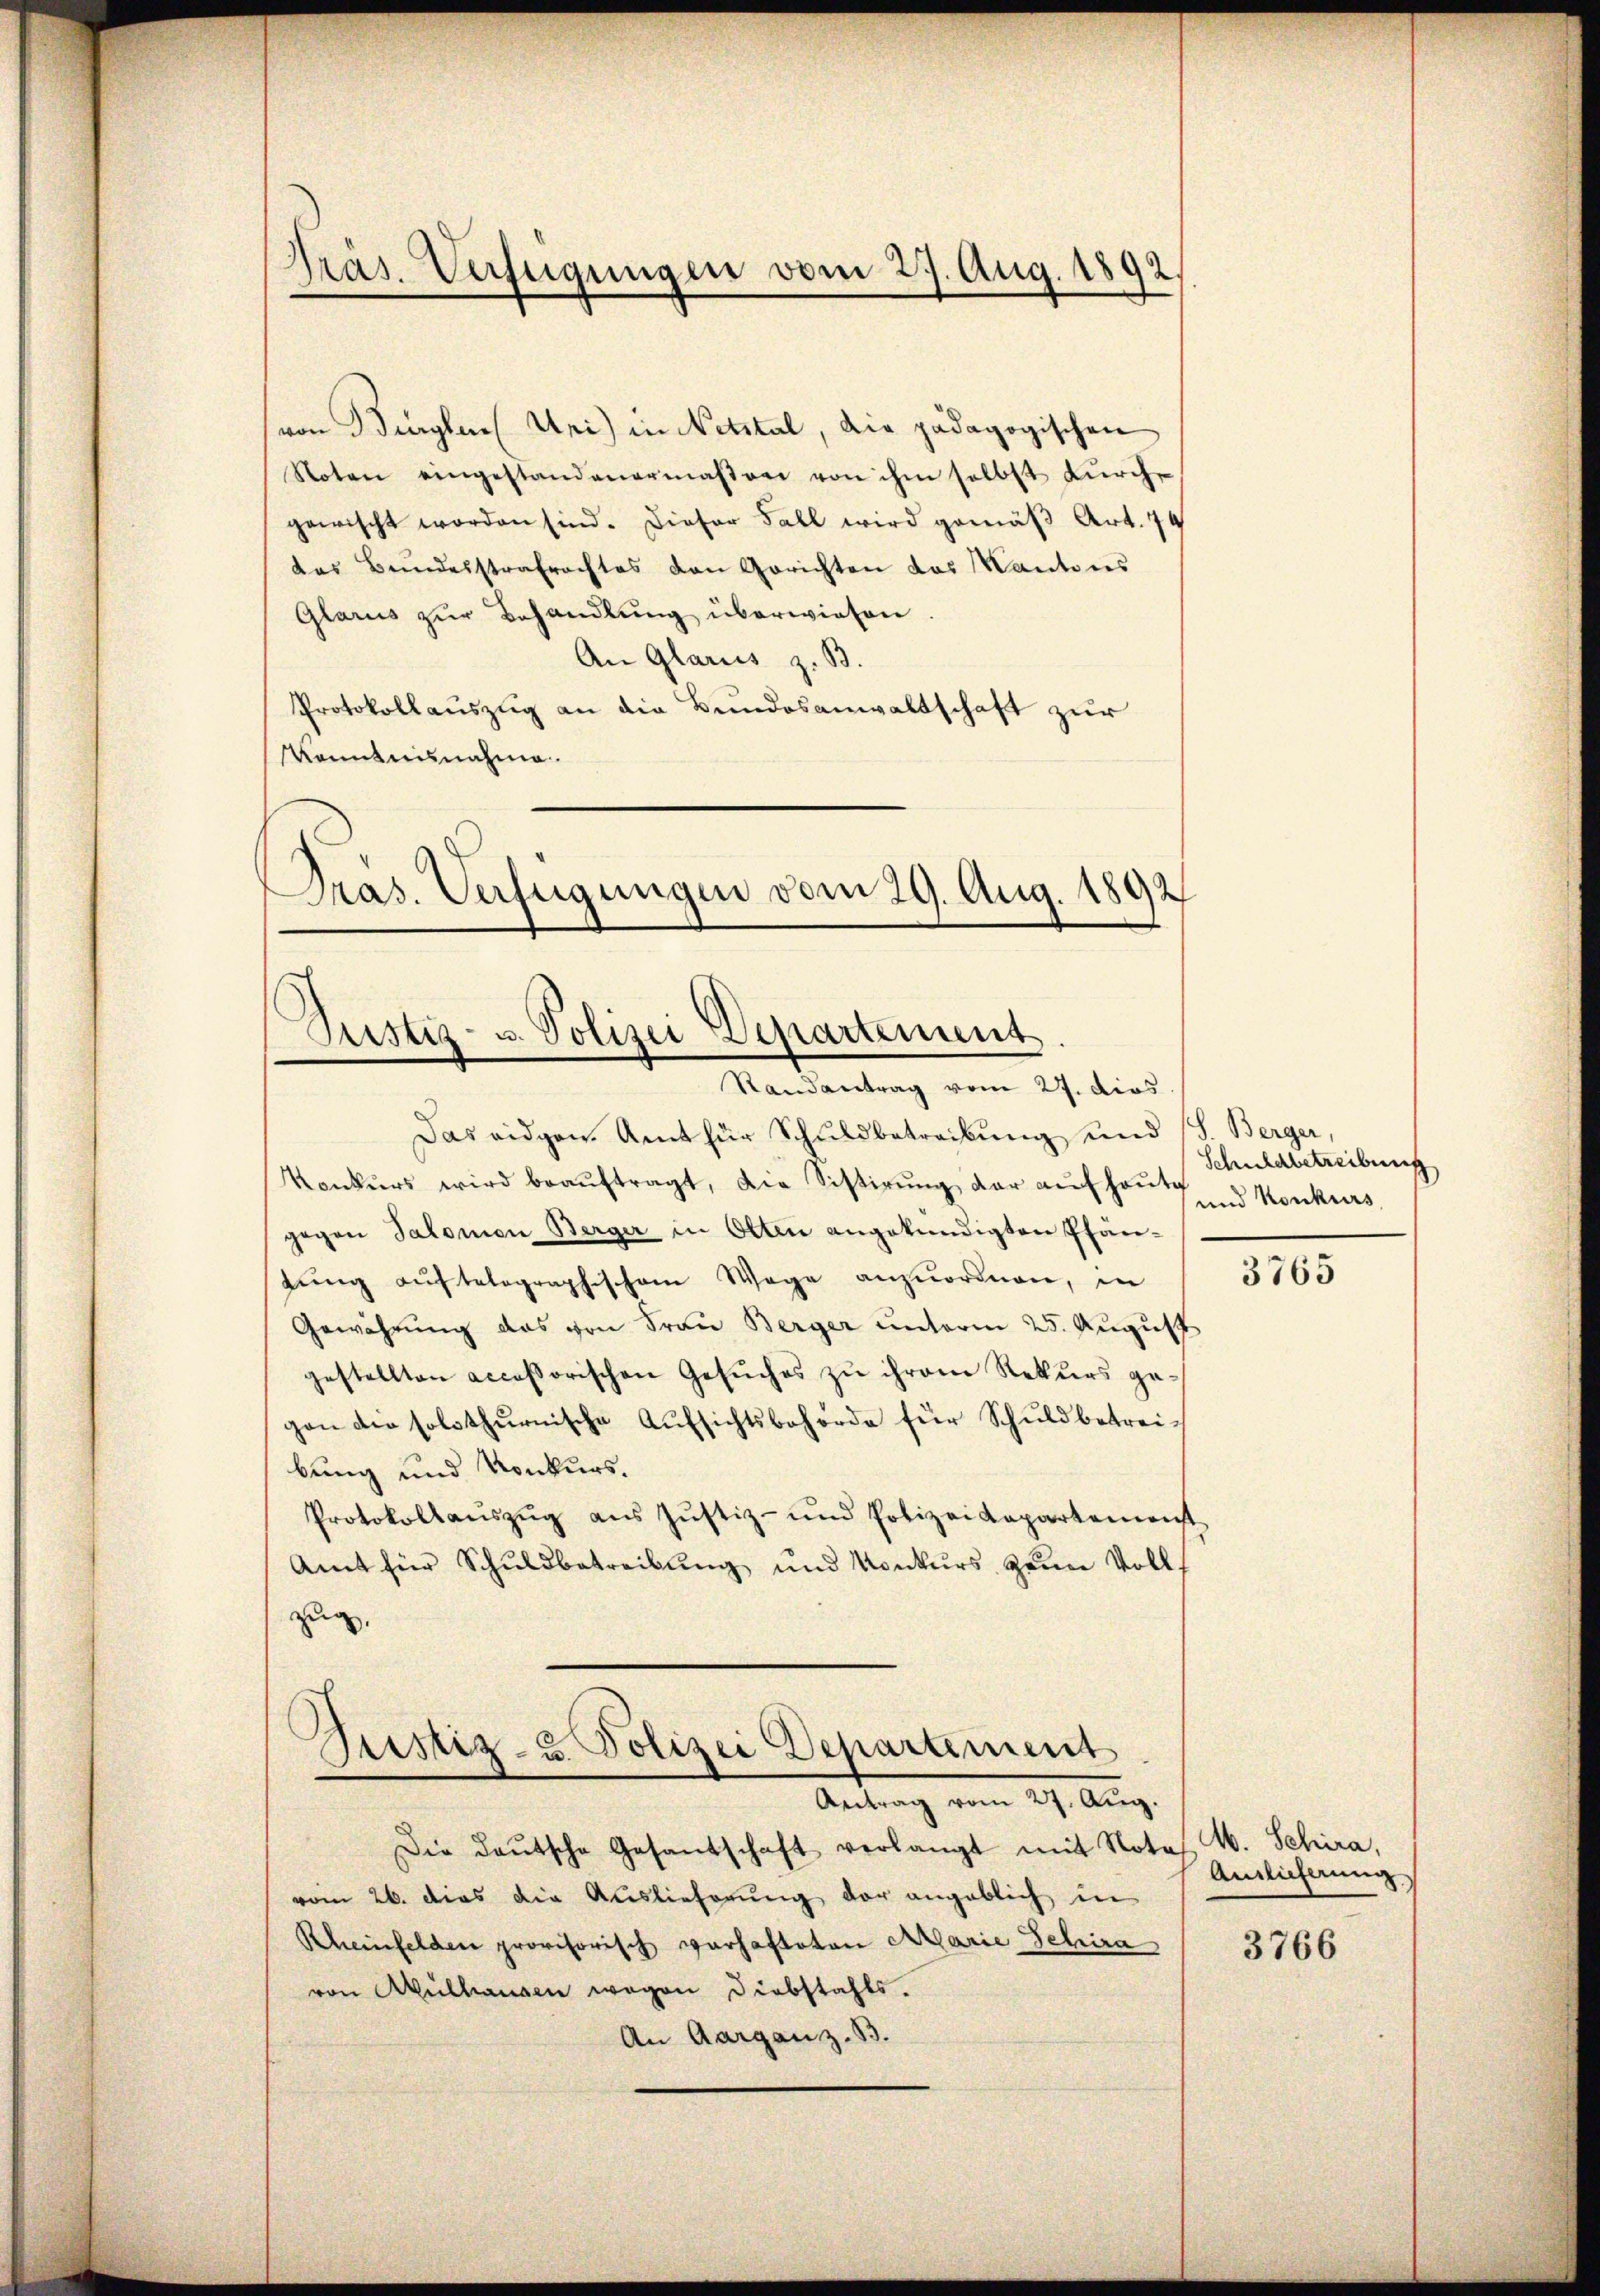
Tras. Verfügungen vom 27. Aug. 1892.

von Begler (Uri) in Netztal, die pädagogischen
Noten eingestandenermaβen von ihm selbst durch
gewischt worden sind. Dieser Fall wird gemäβ Art. 74
das Bundesstrafrachtes den Gerichten das Kantons
Glarus zŭr Behandlŭng überwiesen.
An Glarus z. B.
Protokollauszug an die Bundesanwaltschaft zur
Kenntnisnahme
Dras. Verfügungen vom 29. Aug. 1892

Justiz- u. Polizei Departement
Randantrag vom 27. dies

Das eidgen. Amt für Schuldbetreibung und (S. Berger,
Konkŭrs wird beaŭftragt, die Sistirŭng der aŭfhaus und Konkurs,
gegen Salomon Berger in Otten angekündigten Pfän-
tŭng aŭftelographischem Wege anzuordnen, in
Gewährung das von Frau Berger unterm 25. August
gestellten accessorischen Gesŭches zu ihrem Rekurs ga
gen die solothŭrnische Aŭfsichtsbehörde für Schuldbetreibung und Konkurs.
Protokollaŭszŭg aŭs Jŭstiz- und Polizei Kapartemonst
Amt für Schuldbetreibung und Konkurs zum Volls
zug,

Justiz- u. Polizei Departement
Antrag vom 27. Aug.

Die Daŭtsche Gesandschaft verlangt mit Nota
vom 26. dies die Auslieferŭng der angeblich in
Rheinfelden provisorisch warhafteten Marie Schira
von Mülhausen wegen Diebstahls.
An Aargau z. B.

Schuldbetreibung

3765

M. Schira,
Ainlicherung

3766